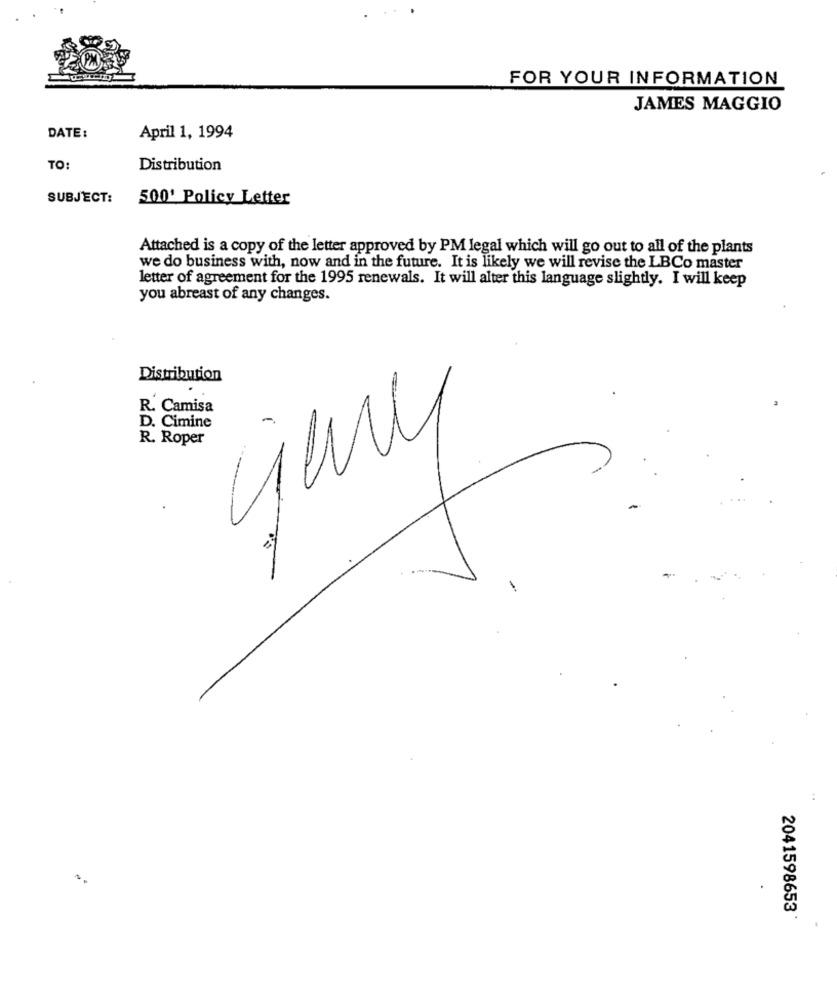
FOR YOUR INFORMATION
JAMES MAGGIO
DATE :
April 1, 1994
TO:
Distribution
SUBJECT:
500' Policy Letter
Attached is a copy of the letter approved by PM legal which will go out to all of the plants
we do business with, now and in the future. It is likely we will revise the LBCo master
letter of agreement for the 1995 renewals. It will alter this language slightly. I will keep
you abreast of any changes.
Distribution
R. Camisa
D. Cimine
R. Roper
2041598653